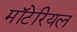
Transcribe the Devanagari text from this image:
मॉटेरियल